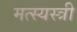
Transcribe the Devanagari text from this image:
मत्स्यस्त्री